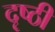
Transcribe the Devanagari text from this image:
दृष्ठी